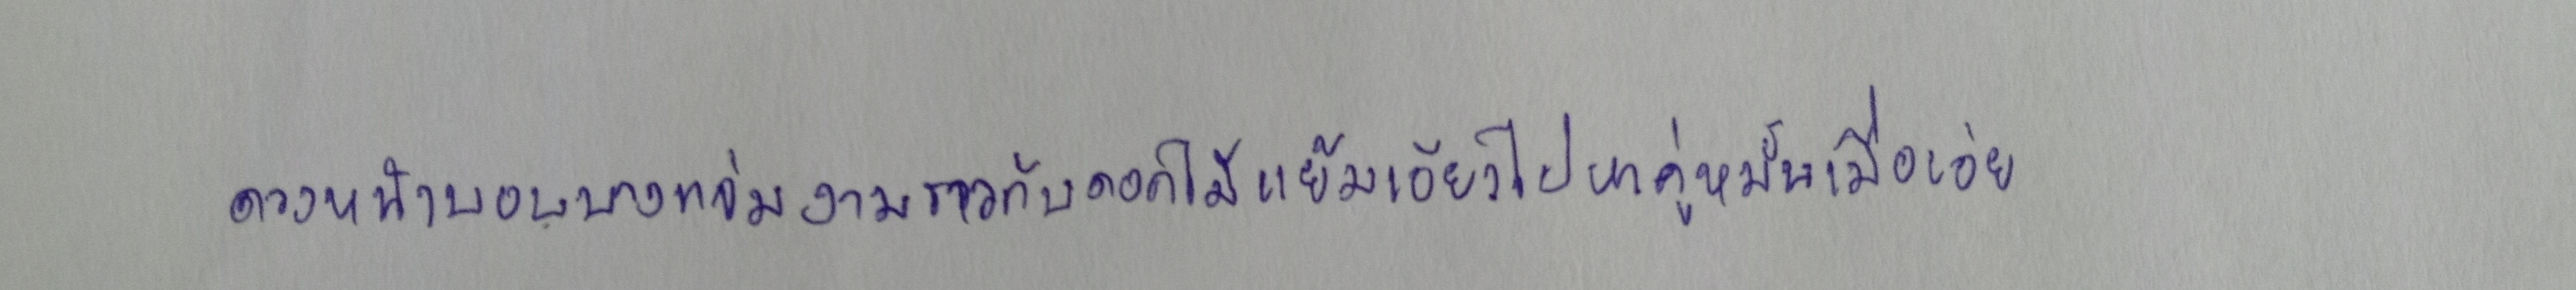
ดวงหน้าบอบบางแจ่มงามราวกับดอกไม้แย้มเอียงไปหาคู่หมั้นเมื่อเอ่ย